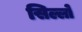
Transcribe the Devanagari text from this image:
सिल्लो